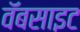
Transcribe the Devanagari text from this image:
वॅबसाइट